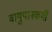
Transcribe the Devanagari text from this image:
वायुयानकर्मी